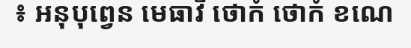
៖ ឣនុបុព្វេន មេធាវី ថោកំ ថោកំ ខណេ